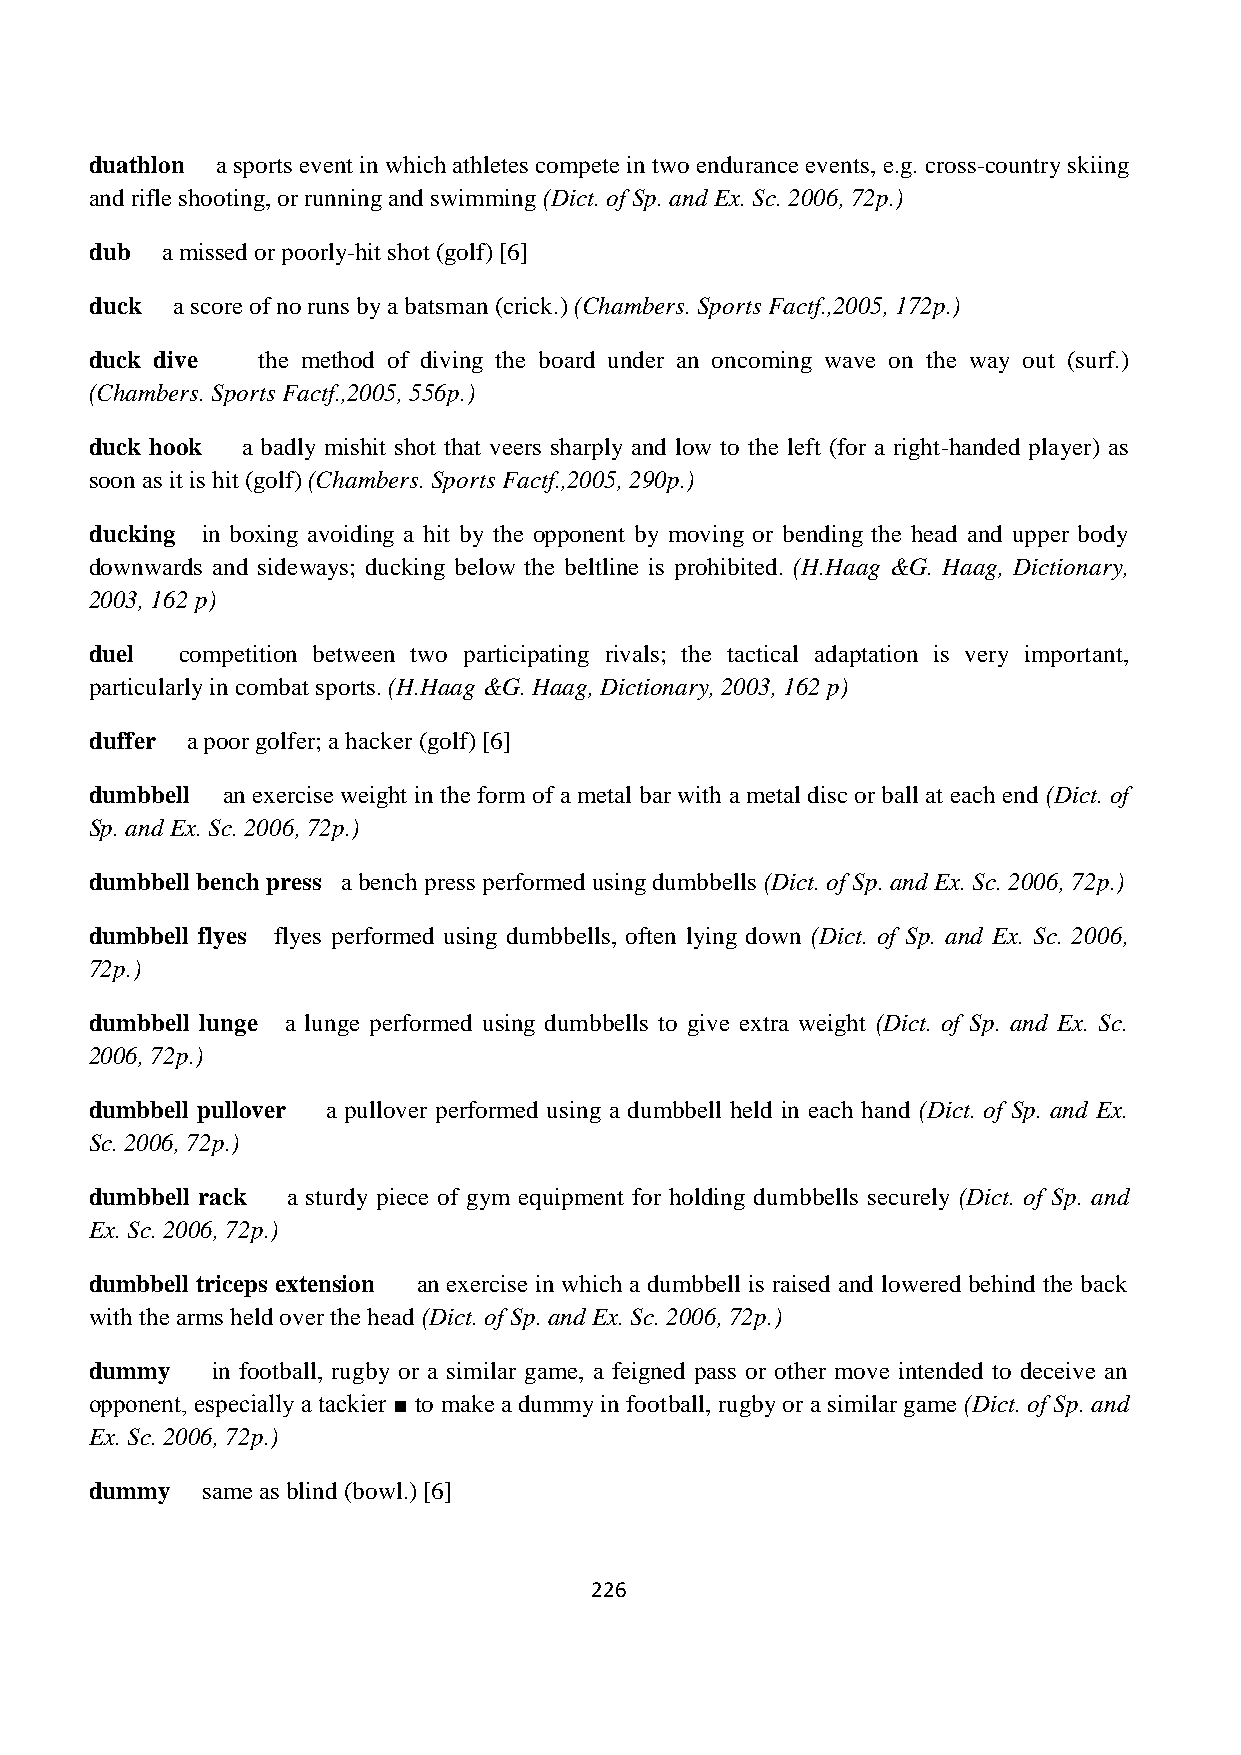
duathlon a sports event in which athletes compete in two endurance events, e.g. cross-country skiing
 and rifle shooting, or running and swimming (Dict. of Sp. and Ex. Sc. 2006, 72p.)
 dub  a missed or poorly-hit shot (golf) [6]
 duck a score of no runs by a batsman (crick.) (Chambers. Sports Factf.,2005, 172p.)
 duck dive  the method of diving the board under an oncoming wave on the way out (surf.)
 (Chambers. Sports Factf.,2005, 556p.)
 duck hook a badly mishit shot that veers sharply and low to the left (for a right-handed player) as
 soon as it is hit (golf) (Chambers. Sports Factf.,2005, 290p.)
 ducking in boxing avoiding a hit by the opponent by moving or bending the head and upper body
 downwards and sideways; ducking below the beltline is prohibited. (H.Haag &G. Haag, Dictionary,
 2003, 162 p)
 duel  competition between two participating rivals; the tactical adaptation is very important,
 particularly in combat sports. (H.Haag &G. Haag, Dictionary, 2003, 162 p)
 duffer a poor golfer; a hacker (golf) [6]
 dumbbell an exercise weight in the form of a metal bar with a metal disc or ball at each end (Dict. of
 Sp. and Ex. Sc. 2006, 72p.)
 dumbbell bench press a bench press performed using dumbbells (Dict. of Sp. and Ex. Sc. 2006, 72p.)
 dumbbell flyes flyes performed using dumbbells, often lying down (Dict. of Sp. and Ex. Sc. 2006,
 72p.)
 dumbbell lunge a lunge performed using dumbbells to give extra weight (Dict. of Sp. and Ex. Sc.
 2006, 72p.)
 dumbbell pullover a pullover performed using a dumbbell held in each hand (Dict. of Sp. and Ex.
 Sc. 2006, 72p.)
 dumbbell rack a sturdy piece of gym equipment for holding dumbbells securely (Dict. of Sp. and
 Ex. Sc. 2006, 72p.)
 dumbbell triceps extension an exercise in which a dumbbell is raised and lowered behind the back
 with the arms held over the head (Dict. of Sp. and Ex. Sc. 2006, 72p.)
 dummy   in football, rugby or a similar game, a feigned pass or other move intended to deceive an
 opponent, especially a tackier ■ to make a dummy in football, rugby or a similar game (Dict. of Sp. and
 Ex. Sc. 2006, 72p.)
 dummy  same as blind (bowl.) [6]
 226